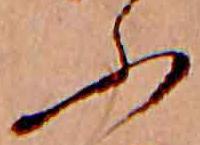
ふ